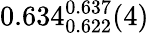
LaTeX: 0.634_{0.622}^{0.637}(4)